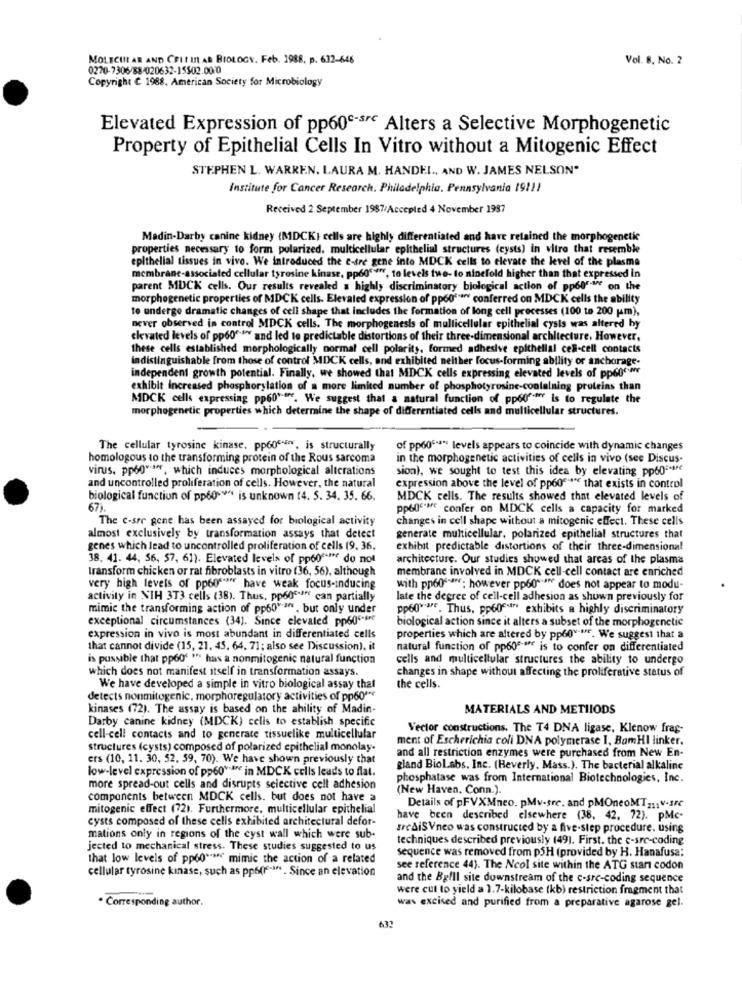
MOLECULAR AND CEItIS AD BIOLOGY. Feb. 1988, p. 632-646
Vol. 8. No. 2
0270-7306/88/020632-15502.00:0
Copyright C 1988, American Society for Microbiology
Elevated Expression of pp60c-se Alters a Selective Morphogenetic
Property of Epithelial Cells In Vitro without a Mitogenic Effect
STEPHEN L. WARREN. LAURA M. HANDEL ., AND W. JAMES NELSON"
Institute for Cancer Research. Philadelphia, Pennsylvania 19111
Received 2 September 1987/Accepted 4 November 1987
Madin-Darby canine kidney (MDCK) cells are highly differentiated and have retained the morphogenetic
properties necessary to form polarized. multicellular epithelial structures (cysts) in vitro that resemble
epithelial tissues in vivo. We introduced the e-tre gene into MDCK cells to elevate the level of the plasma
membrane-associated cellular tyrosine kinase, ppog"+", to levels twe- to ninefold higher than that expressed in
parent MUCK cells. Our results revealed a highly discriminatory biological action of pp6l"Me on the
morphogenetic properties of MDCK cells. Elevated expression of pp60'.a conferred on MDCK cells the ability
to undergo dramatic changes of cell shape that includes the formation of long cell processes (100 to 200 (m),
never observed in control MDCK cells. The morphogenesis of multicellular epithelial cysts was altered hy
elevated levels of pp60".ª and led to predictable distortions of their three-dimensional architecture. However,
these cells established morphologically normal cell polarity, formed adhesive epithelial ces-cell contacts
indistinguishable from those of control MDCK cells, and exhibited neither focus-forming ability or anchorage-
independent growth potential. Finally, we showed that MDCK cells expressing elevated levels of pp60cm
exhibit Increased phosphorylation of a more limited number of phosphotyrosine-containing proteins than
MDCK cells expressing pp60"une. We suggest that a natural function of pp60"# is to regulate the
morphogenetic properties which determine the shape of differentiated cells and multicellular structures.
The cellular tyrosine kinase, pp60", is structurally
of pp60""s" levels appears to coincide with dynamic changes
homologous to the transforming protein of the Rous sarcoma
in the morphogenetic activities of cells in vivo (see Discus-
virus, pp60"*", which induces morphological alterations
sion), we sought to test this idea by elevating pp60-se
and uncontrolled proliferation of cells. However, the natural
expression above the level of pp60":" that exists in control
biological function of pp60 ** is unknown (4. 5. 34. 35. 66.
MDCK cells. The results showed that elevated levels of
67).
pp60 **** confer on MDCK cells a capacity for marked
The c-sre gene has been assayed for biological activity
changes in cell shape without a mitogenic effect. These cells
almost exclusively by transformation assays that detect
generate multicellular, polarized epithelial structures that
genes which lead to uncontrolled proliferation of cells (9. 36,
exhibit predictable distortions of their three-dimensional
38. 41. 44, 56, 57, 61). Elevated levels of pp60"-me do not
architecture. Our studies showed that areas of the plasma
Iransform chicken or rat fibroblasts in vitro (36, 56), although
membrane involved in MDCK cell-cell contact are enriched
very high levels of pp6osu have weak focus-inducing
with ppoosan; however pp60" does not appear to modu-
activity in NIH 3T3 cells (38). Thus, pp60safe can partially
late the degree of cell-cell adhesion as shown previously for
mimic the transforming action of pp60 an , but only under
pp60 ****. Thus, pp60 *** exhibits a highly discriminatory
exceptional circumstances (34). Since elevated pp606 ****
biological action since it alters a subset of the morphogenetic
expression in vivo is most abundant in differentiated cells
properties which are altered by pp6" ... We suggest that a
that cannot divide (15, 21. 45. 64. 71; also see Discussion), it
natural function of pp60ª-tff is to confer on differentiated
is possible that pp60" " has a nonmitogenic natural function
cells and multicellular structures the ability to undergo
which does not manifest itself in transformation assays.
changes in shape without affecting the proliferative status of
We have developed a simple in vitro biological assay that
the cells.
detects nonmitogenic, morphoregulatory activities of pp60ª **
kinases (72). The assay is based on the ability of Madin-
MATERIALS AND METIIODS
Darby canine kidney (MDCK) cells to establish specific
Vector constructions. The T4 DNA ligase, Klenow frag-
cell-cell contacts and to generate tissuelike multicellular
ment of Escherichia coli DNA polymerase 1. BamHI linker.
structures (cysts) composed of polarized epithelial monolay-
and all restriction enzymes were purchased from New En-
ers (10, 11. 30, 52, 59, 70). We have shown previously that
low-level expression of pp60 *** e in MDCK cells leads to flat.
gland Biol.abs, Inc. (Beverly, Mass.). The bacterial alkaline
phosphatase was from International Biotechnologies, Inc.
more spread-out cells and disrupts selective cell adhesion
(New Haven, Conn.).
components between MDCK cells. but does not have a
mitogenic effect (72). Furthermore, multicellular epithelial
Details of pFVXMneo. pMv-sre. and pMOneoMT21;V-Src
cysts composed of these cells exhibited architectural defor-
have been described elsewhere (38, 42, 72). pMc-
srediSVneo was constructed by a five-step procedure. using
mations only in regions of the cyst wall which were sub-
techniques described previously (49). First. the c-sre-coding
jected to mechanical stress. These studies suggested to us
sequence was removed from pSH (provided by H. Hanafusa:
that low levels of pp60""ser mimic the action of a related
cellular tyrosine kinase, such as pp6( ***** . Since an elevation
see reference 44). The Ncol site within the ATG starı codon
and the Bgfll site downstream of the c-sre-coding sequence
were cut to yield a 1.7-kilobase (kb) restriction fragment that
* Corresponding author.
was excited and purified from a preparative agarose gel.